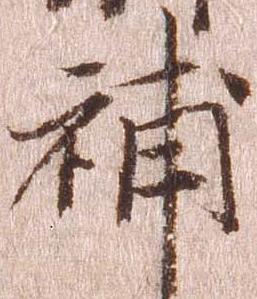
補